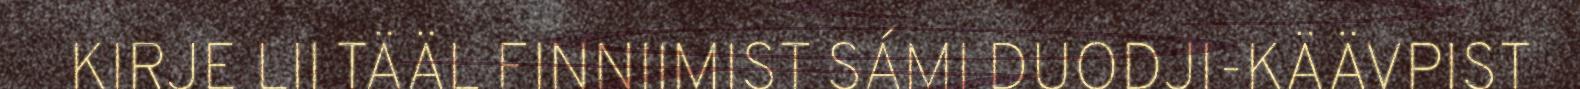
KIRJE LII TÄÄL FINNIIMIST SÁMI DUODJI-KÄÄVPIST